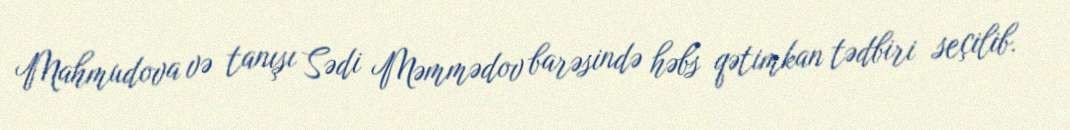
Mahmudova və tanışı Sədi Məmmədov barəsində həbs qətimkan tədbiri seçilib.